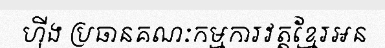
ហ៊ីង ប្រធានគណៈកម្មការវត្តខ្មែរអន